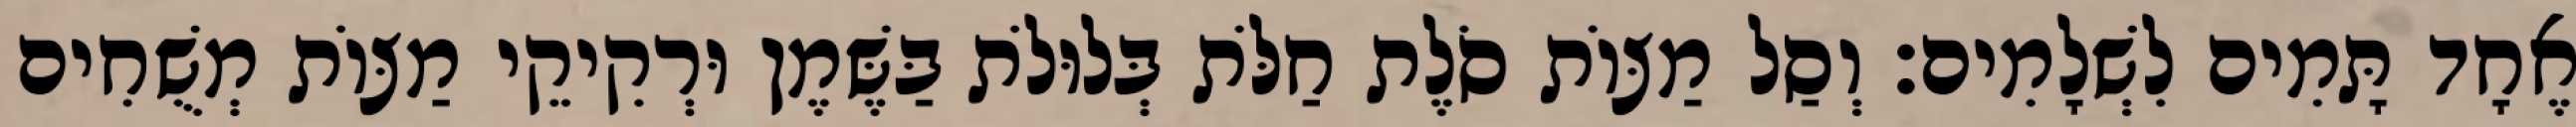
אֶחָד תָּמִים לִשְׁלָמִים׃ וְסַל מַצּוֹת סֹלֶת חַלֹּת בְּלוּלֹת בַּשֶּׁמֶן וּרְקִיקֵי מַצּוֹת מְשֻׁחִים